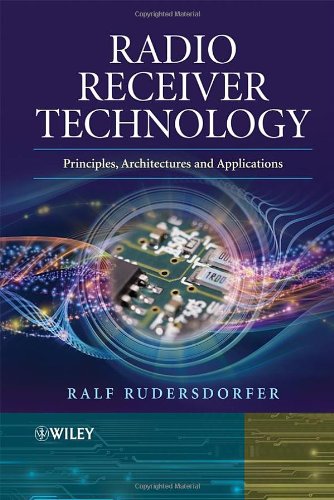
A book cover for Radio Receiver Technology: Principles, Architectures and Applications; Ralf Rudersdorfer; Crafts, Hobbies & Home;